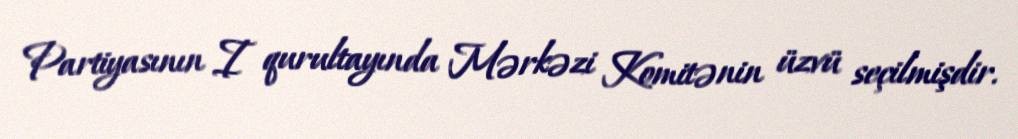
Partiyasının I qurultayında Mərkəzi Komitənin üzvü seçilmişdir.